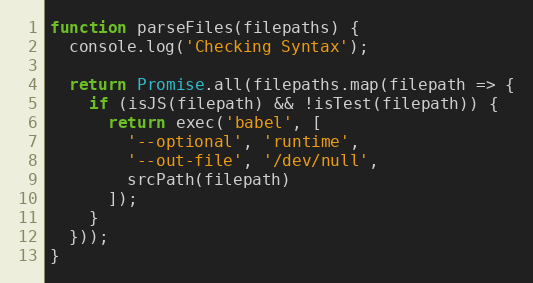
Language: JavaScript
function parseFiles(filepaths) {
  console.log('Checking Syntax');

  return Promise.all(filepaths.map(filepath => {
    if (isJS(filepath) && !isTest(filepath)) {
      return exec('babel', [
        '--optional', 'runtime',
        '--out-file', '/dev/null',
        srcPath(filepath)
      ]);
    }
  }));
}